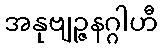
အနုဗျဉ္ဇနဂ္ဂါဟီ